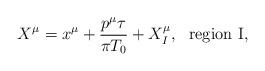
LaTeX: \begin{align*}X^\mu=x^\mu+\frac{p^\mu \tau}{\pi {T_0}}+X_I^\mu,~~{\rm region ~I},\end{align*}